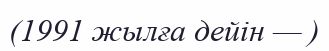
(1991 жылға дейін — )